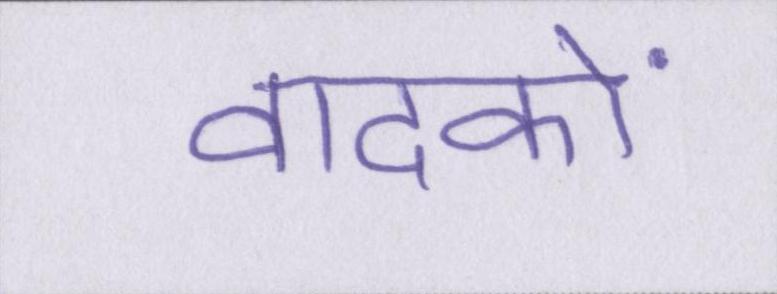
वादकों